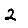
Digit: 2